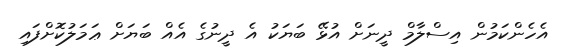
އެހެންކަމުން އިސްލާމް ދީނަށް އުޅޭ ބަޔަކު އެ ދީނުގެ އެއް ބަޔަށް ޢަމަލުކޮށްފައި